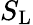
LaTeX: S_{\mathrm{{L}}}